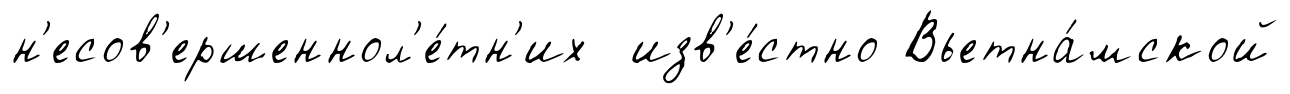
н'есов'ершеннол'е́тн'их изв'е́стно Вьетна́мской